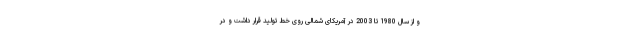
و از سال 1980 تا 2003 در آمریکای شمالی روی خط تولید قرار داشت و در